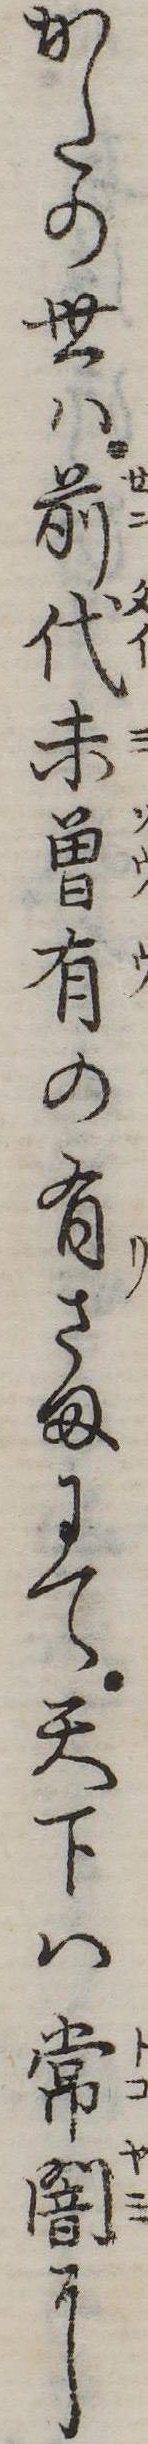
かたの世は前代未曽有の有さまにて天下は常闇に